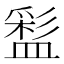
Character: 𥂑